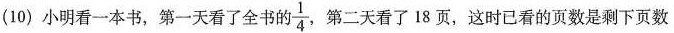
(10) 小明看一本书，第一天看了全书的